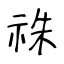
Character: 祩